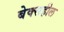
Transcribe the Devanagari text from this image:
बेक्सहील